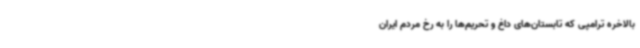
بالاخره ترامپی که تابستان‌های داغ و تحریم‌ها را به رخ مردم ایران